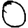
Digit: 0